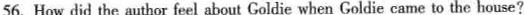
56. How did the author feel about Goldie when Goldie came to the house?